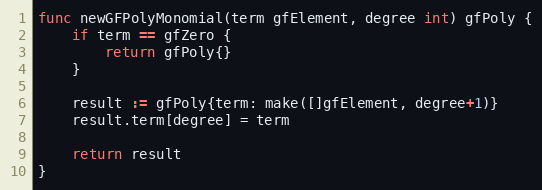
Language: Go
func newGFPolyMonomial(term gfElement, degree int) gfPoly {
	if term == gfZero {
		return gfPoly{}
	}

	result := gfPoly{term: make([]gfElement, degree+1)}
	result.term[degree] = term

	return result
}